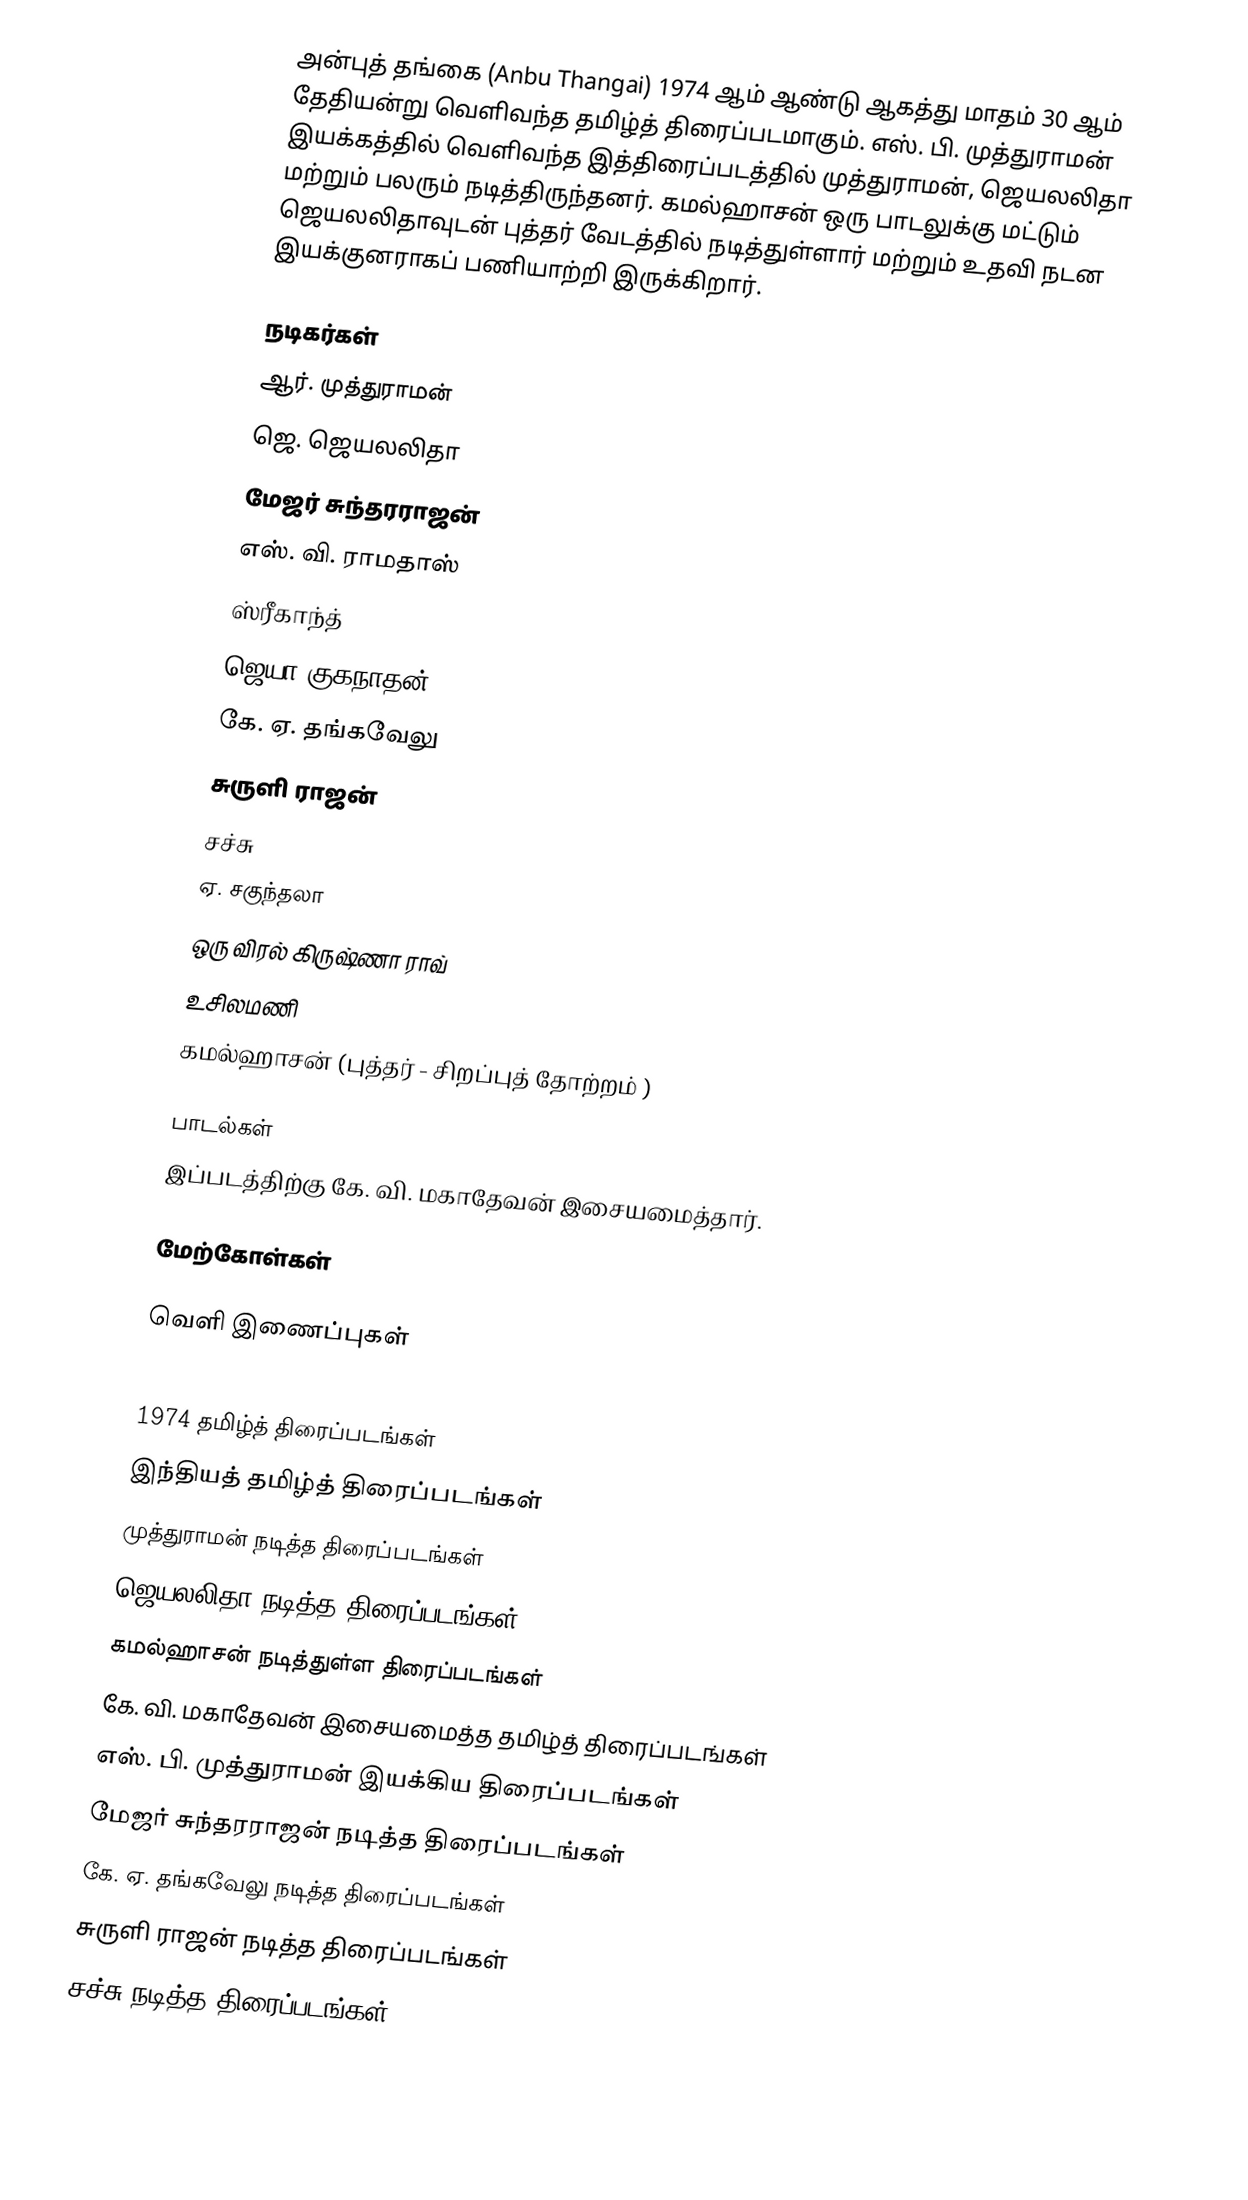
அன்புத் தங்கை (Anbu Thangai) 1974 ஆம் ஆண்டு ஆகத்து மாதம் 30 ஆம் தேதியன்று வெளிவந்த தமிழ்த் திரைப்படமாகும். எஸ். பி. முத்துராமன் இயக்கத்தில் வெளிவந்த இத்திரைப்படத்தில் முத்துராமன், ஜெயலலிதா மற்றும் பலரும் நடித்திருந்தனர். கமல்ஹாசன் ஒரு பாடலுக்கு மட்டும் ஜெயலலிதாவுடன் புத்தர் வேடத்தில் நடித்துள்ளார் மற்றும் உதவி நடன இயக்குனராகப் பணியாற்றி இருக்கிறார்.

நடிகர்கள்
 ஆர். முத்துராமன்
 ஜெ. ஜெயலலிதா
 மேஜர் சுந்தரராஜன்
 எஸ். வி. ராமதாஸ்
 ஸ்ரீகாந்த்
 ஜெயா குகநாதன்
 கே. ஏ. தங்கவேலு
 சுருளி ராஜன்
 சச்சு
 ஏ. சகுந்தலா
 ஒரு விரல் கிருஷ்ணா ராவ்
 உசிலமணி
 கமல்ஹாசன்  (புத்தர் - சிறப்புத் தோற்றம் )

பாடல்கள்
இப்படத்திற்கு கே. வி. மகாதேவன் இசையமைத்தார்.

மேற்கோள்கள்

வெளி இணைப்புகள்

1974 தமிழ்த் திரைப்படங்கள்
இந்தியத் தமிழ்த் திரைப்படங்கள்
முத்துராமன் நடித்த திரைப்படங்கள்
ஜெயலலிதா நடித்த திரைப்படங்கள்
கமல்ஹாசன் நடித்துள்ள திரைப்படங்கள்
கே. வி. மகாதேவன் இசையமைத்த தமிழ்த் திரைப்படங்கள்
எஸ். பி. முத்துராமன் இயக்கிய திரைப்படங்கள்
மேஜர் சுந்தரராஜன் நடித்த திரைப்படங்கள்
கே. ஏ. தங்கவேலு நடித்த திரைப்படங்கள்
சுருளி ராஜன் நடித்த திரைப்படங்கள்
சச்சு நடித்த திரைப்படங்கள்